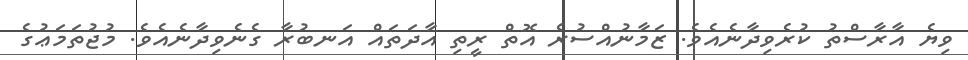
ވިޔެ އާރާސްތު ކުރެވިދާނެއެވެ. ޒަމާނުއްސުރެ އޮތް ރީތި އާދަތައް އަނބުރާ ގެނެވިދާނެއެވެ. މުޖުތަމަޢުގެ